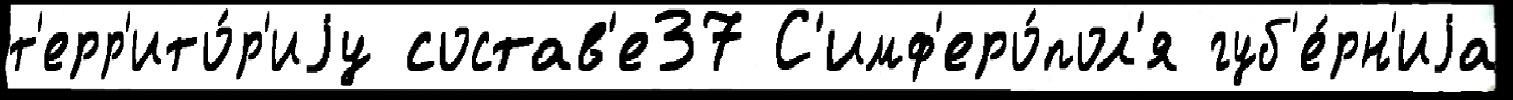
т'ерр'ито́р'иjу состав'е37 С'имф'еро́пол'я губ'е́рн'иjа